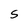
Character: S